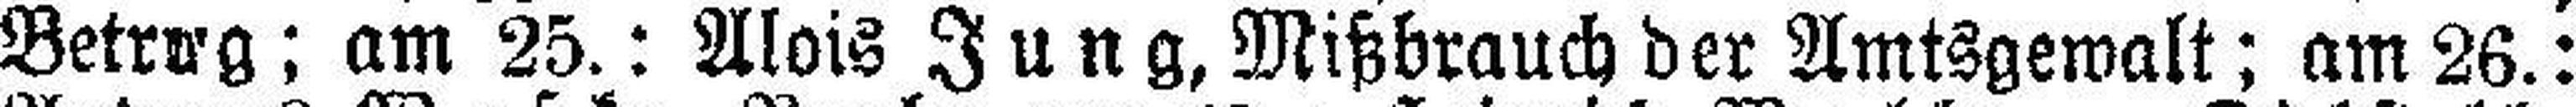
Betrag; am 25.: Alois Jung, Mißbrauch der Amtsgewalt; am 26.: